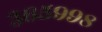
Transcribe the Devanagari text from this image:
३६५९९८